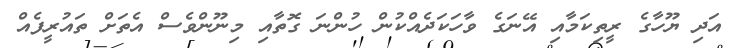
އަދި ޔޫހާގެ ރީތިކަމާއި އޭނަގެ ވާހަކަދެއްކުން ހުންނަ ގޮތާއި މިނޫންވެސް އެތަށް ތައުރީފެއް